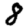
Digit: 8